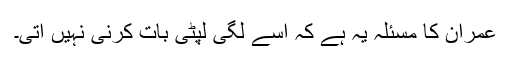
عمران کا مسئلہ یہ ہے کہ اسے لگی لپٹی بات کرنی نہیں آتی۔